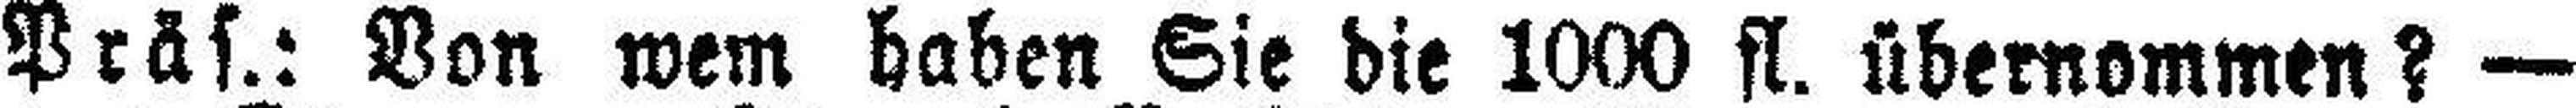
Präs.: Von wem haben Sie die 1000 fl. übernommen? —